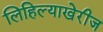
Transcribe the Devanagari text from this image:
लिहिल्याखेरीज